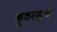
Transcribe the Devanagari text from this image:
कूठरस्थ